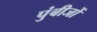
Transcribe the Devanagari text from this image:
पुंबीजों